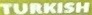
TURKISH